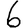
Digit: 6